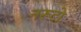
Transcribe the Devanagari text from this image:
नरूटो